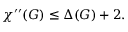
\chi ^ { \prime \prime } ( G ) \leq \Delta ( G ) + 2 .